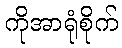
ကိုအာရုံစိုက်